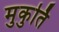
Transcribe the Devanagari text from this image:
मुकुर्ति